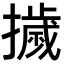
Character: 𭢴